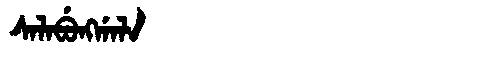
Manchu: ᠰᠠᠯᠠᠪᡠᠩᡤᠠᠯᠠ
Romanization: SALABUNGGALA